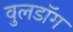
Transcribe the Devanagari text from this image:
वुलडॉग